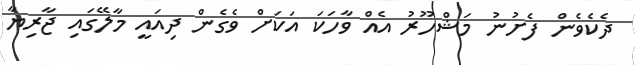
ދެކެވެން ފެށުނު މަޝްހޫރު އެއް ވާހަކަ އަކަށް ވެގެން ދިއައީ މާލޭގައި ޖާރިޔާ